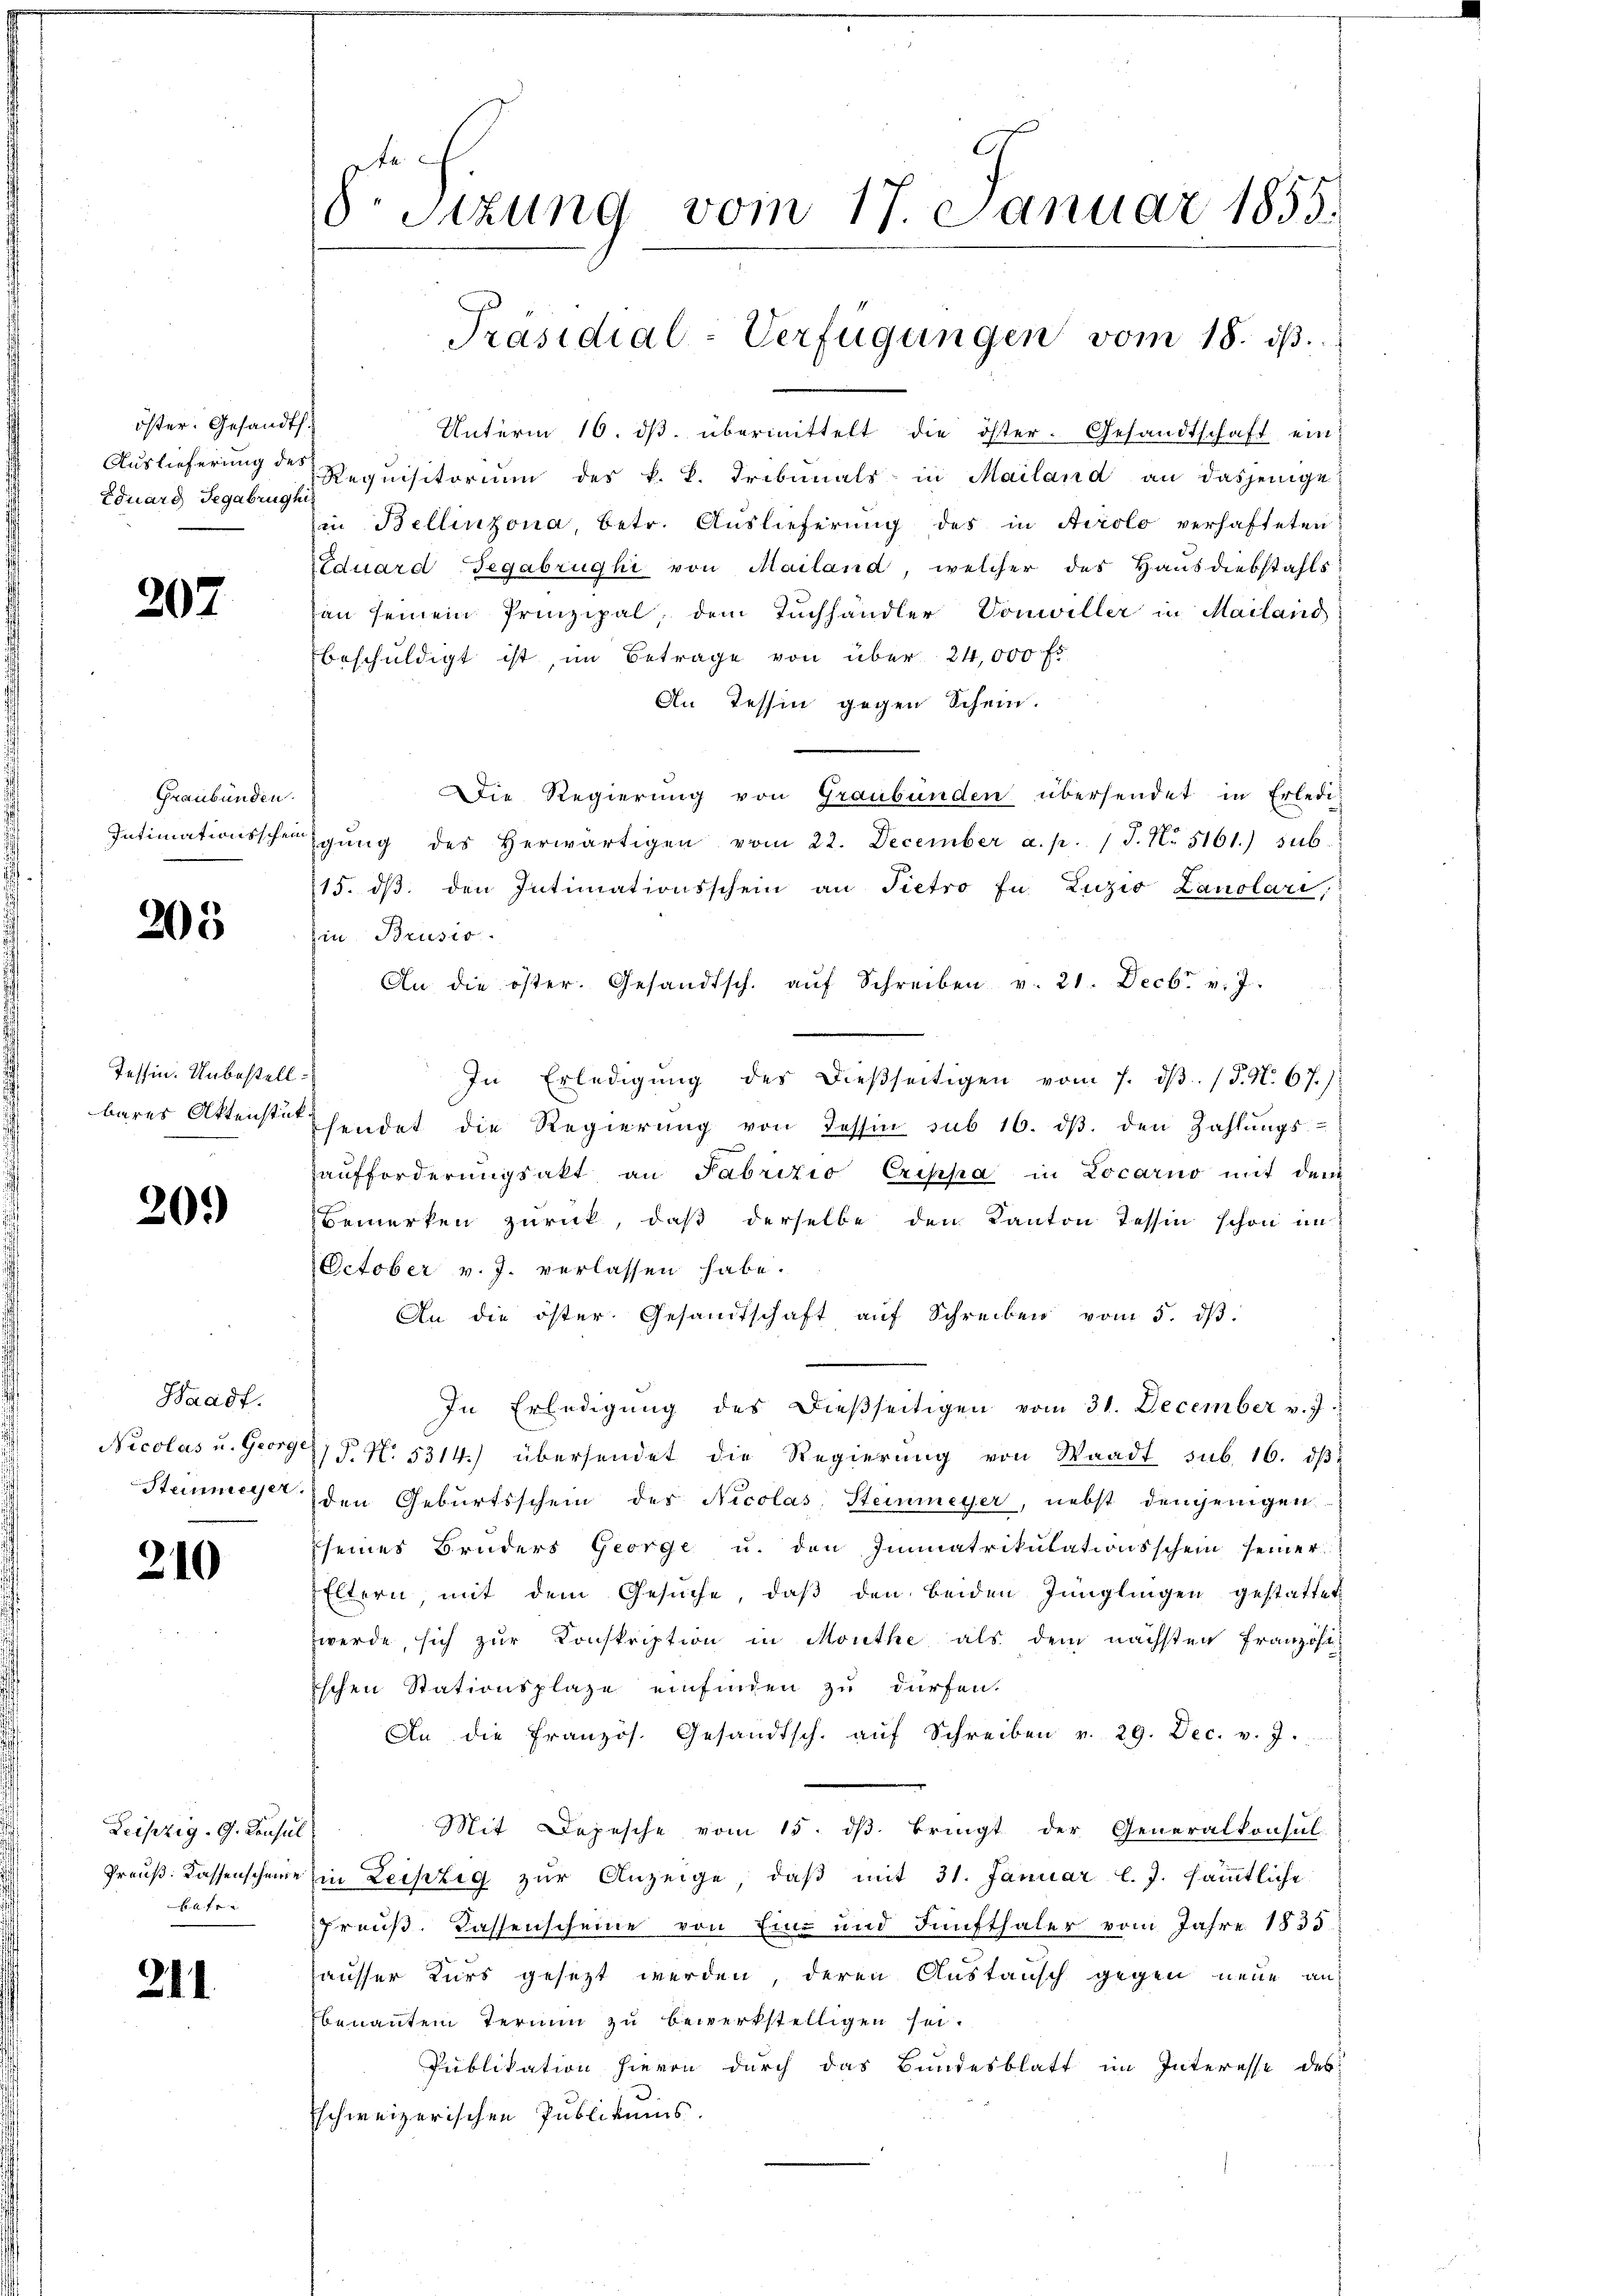
öster. Gesandt.
Eduard Jegabrughi

207

Graubünden.
Intimationsschein

205

Tessin. Unbestellbares Aktenstük

20.)

Waadt.
Nicolas u. George
Steinmeyer.

210

Leipzig. G. Consul
Preuß. Kassenscheine
f

211.

8. Sitzung vom 17. Januar 1855.
Präsidial-Verfügungen vom 18. ds.

Unterm 16. dβ übermittelt die öster. Gesandtschaft ein
Auslieferung der Requisitorium des k. k. Tribunals in Mailand an dasjenige
in Bellinzona, betr. Auslieferung des in Airolo verhafteten
Eduard Begabrughi von Mailand, welcher des Hausdiebstahls
an seinem Prinzipal, dem Tuchhändler Vonwiller in Mailand
beschuldigt ist, im Betrage von über 24,000 f
An Tessin gegen Schein.
Die Regierung von Graubünden übersendet in Erledi
gŭng des herwärtigen vom 22. December a. p. 1 J. N. 5161) sub-
15. dβ den Intimationsschein an Pietro In Luzia Lanolari,
Ein Brusio.
An die öster. Gesandtsch. aŭf Schreiben v. 21. Decbr. v. J.
In Erledigŭng des dießseitigen vom 7. dβ. / P. N. 67.)
sendet die Regierŭng von Tessin sub 16. dβ. den Zahlŭngs-
haufforderungsakt an Fabrizio Criska in Locarno mit dem
Bemerken zurück, daß derselbe den Kanton Tessin schon im
October v. J. verlassen habe.
An die öster Gesandtschaft aŭf Schreiben vom 5. dβ
In Erledigung des dießseitigen vom 31. December v. J.
P. N. 5314) übersendet die Regierŭng von Waadt sub. 16. dβ
den Geburtsschein der Nicolas, Steinmeyer, nebst denjenigen
sseines Bruders George u. den Immatrikulationsschein seiner
Eltern mit dem Gesŭche, daβ den beiden Jünglingen gestattet
werde, sich zur Konskription in Monthe als dem nächsten Französi-
ischen Stationsplaze einfinden zu dürfen.
An die Französ. Gesandtsch. aŭf Schreiben v. 29. Dec. v. J.
Mit Depesche vom 15. dβ bringt der Generalkonsul
in Leipzig zŭr Anzeige, daβ mit 31. Januar l. J. sämmtliche
Preuß. Kassenscheine von Ein- und Fünfthaler vom Jahre 1835.
hausser Kurs gesezt werden, deren Austausch gegen neue an
Ebenannten Termin zu bewerkstelligen sei.
Publikation hievon durch das Bundesblatt im Interesse des
Eschweizerischen Publikums